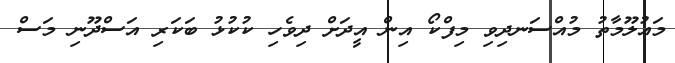
މައުލޫމާތު މުއްސަނދިވި މިފްކޯ އިން އީދަށް ދިވެހި ކުކުޅު ބަކަރި އަސްދޫނި މަސް